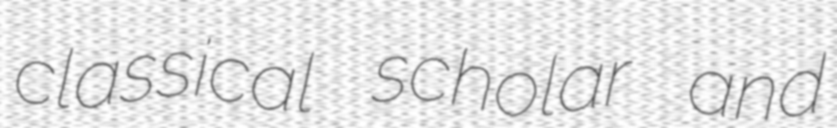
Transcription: classical scholar and